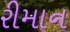
રીમાન